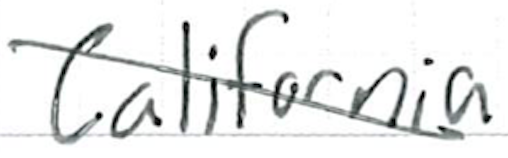
Text: California
Cross-out: diagonal
Writing tool: ballpoint